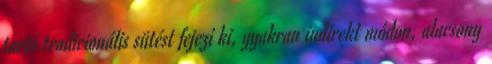
tartó tradicionális sütést fejezi ki, gyakran indirekt módon, alacsony